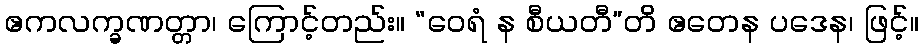
ဧကလက္ခဏတ္တာ၊ ကြောင့်တည်း။ “ဝေရံ န စီယတီ”တိ ဧတေန ပဒေန၊ ဖြင့်။